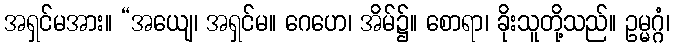
အရှင်မအား။ “အယျေ၊ အရှင်မ။ ဂေဟေ၊ အိမ်၌။ စောရာ၊ ခိုးသူတို့သည်။ ဥမ္မဂ္ဂံ၊